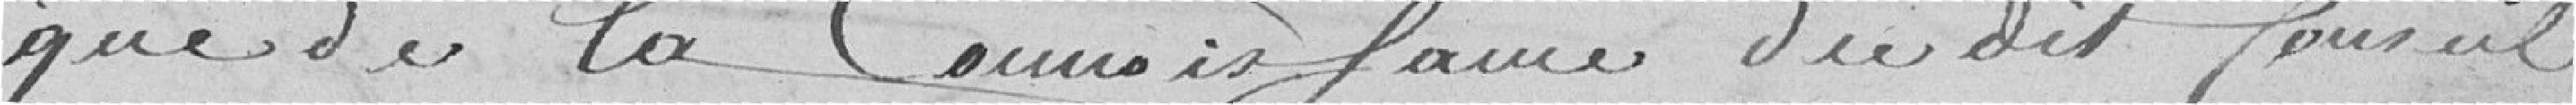
que de la Connoissance dudit Conseil